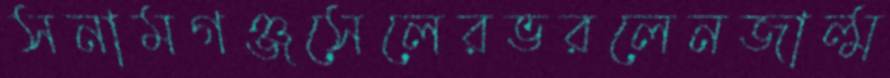
সনামগঞ্জসেলেরভরলেনজাল্ম